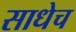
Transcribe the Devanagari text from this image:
साधेच